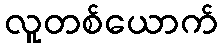
လူတစ်ယောက်